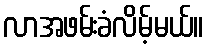
လာအဖမ်းခံလိမ့်မယ်။